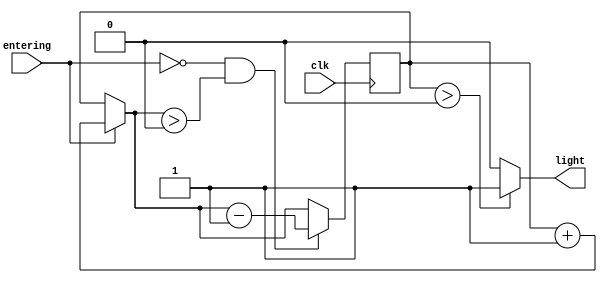
`timescale 1ns / 1ps
//////////////////////////////////////////////////////////////////////////////////
// Company: 
// Engineer: 
// 
// Design Name: 
// Module Name: automatic_lights
// Project Name: 
// Target Devices: 
// Tool Versions: 
// Description: 
// 
// Dependencies: 
// 
// Revision:
// Revision 0.01 - File Created
// Additional Comments:
// 
//////////////////////////////////////////////////////////////////////////////////


module automatic_lights(
    output light,
    input entering,
    input clk
    );
    
reg [7:0] people;
reg light_reg;

assign light = light_reg;
    
initial begin
    people = 0;
    light_reg = 0;
end

always@(posedge clk) begin
    if(entering == 1)
        people = people + 1;
    if(entering == 0 & people > 0)
        people = people - 1;
end

always@(people) begin
    if(people > 0)
        light_reg = 1;
    else
        light_reg = 0; 
end 
    
endmodule